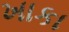
ખાકા